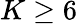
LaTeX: K\geq 6